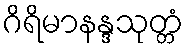
ဂိရိမာနန္ဒသုတ္တံ